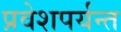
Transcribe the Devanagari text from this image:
प्रवेशपर्यन्त